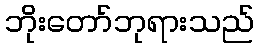
ဘိုးတော်ဘုရားသည်